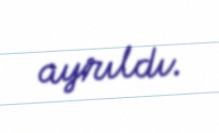
ayrıldı.